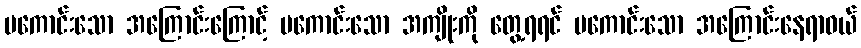
မကောင်းသော အကြောင်းကြောင့် မကောင်းသော အကျိုးကို တွေ့ရရင် မကောင်းသော အကြောင်းနေရာဝယ်